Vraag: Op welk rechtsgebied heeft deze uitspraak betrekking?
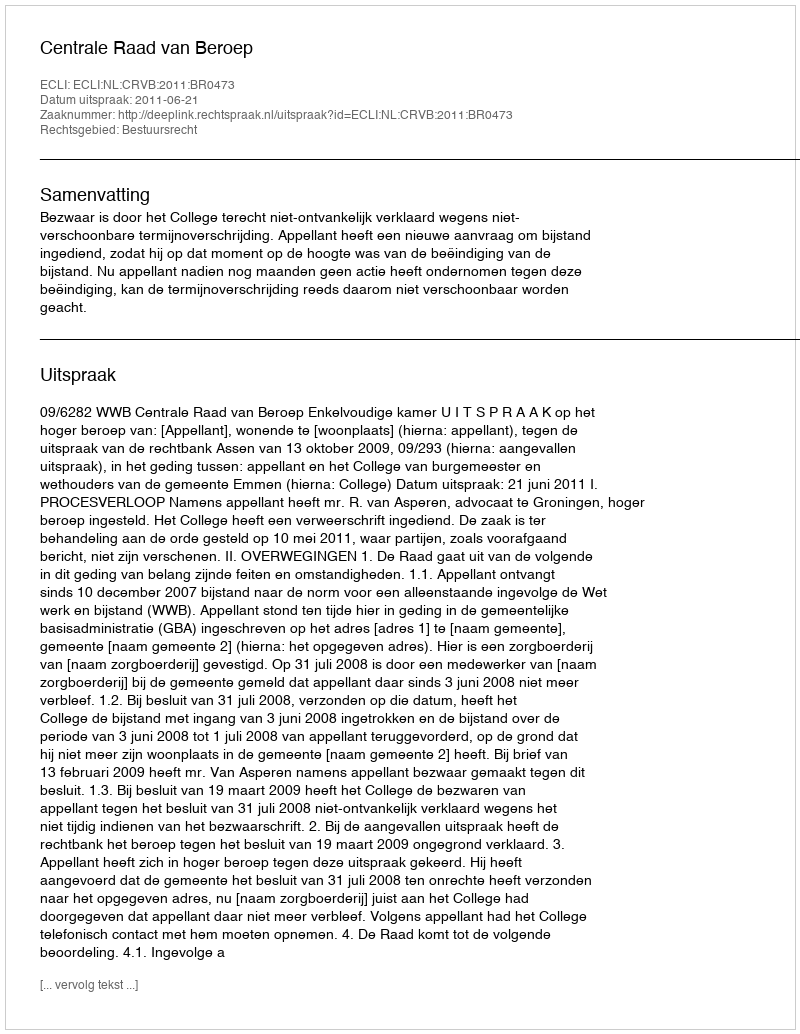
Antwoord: Bestuursrecht